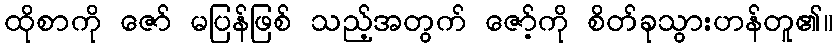
ထိုစာကို ဇော် မပြန်ဖြစ် သည့်အတွက် ဇော့်ကို စိတ်ခုသွားဟန်တူ၏။